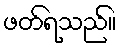
ဖတ်ရသည်။